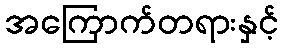
အကြောက်တရားနှင့်